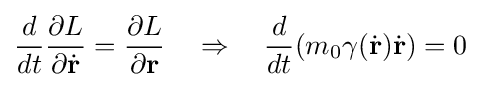
{\frac {d}{dt}}{\frac {\partial L}{\partial {\dot {\mathbf {r} }}}}={\frac {\partial L}{\partial \mathbf {r} }}\quad \Rightarrow \quad {\frac {d}{dt}}(m_{0}\gamma ({\dot {\mathbf {r} }}){\dot {\mathbf {r} }})=0